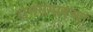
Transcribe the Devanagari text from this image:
रामसगावच्या